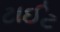
ટાઈટ